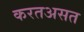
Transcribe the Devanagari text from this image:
करतअसत